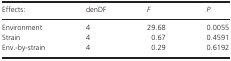
<table><thead><tr><td><b>Effects:</b></td><td><b>denDF</b></td><td><b><i>F</i></b></td><td><b><i>P</i></b></td></tr></thead><tbody><tr><td>Environment</td><td>4</td><td>29.68</td><td>0.0055</td></tr><tr><td>Strain</td><td>4</td><td>0.67</td><td>0.4591</td></tr><tr><td>Env.‐by‐strain</td><td>4</td><td>0.29</td><td>0.6192</td></tr></tbody></table>